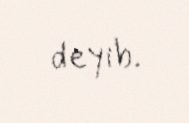
deyib.